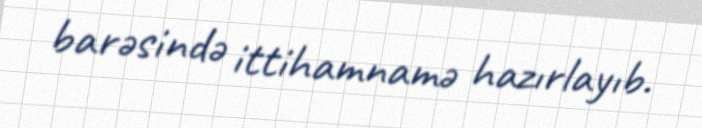
barəsində ittihamnamə hazırlayıb.